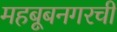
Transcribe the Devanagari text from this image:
महबूबनगरची